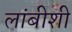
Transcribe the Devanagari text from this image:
लांबीशी